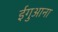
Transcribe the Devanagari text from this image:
ईगुआना